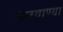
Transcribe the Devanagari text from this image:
कलवाण्या